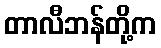
တာလီဘန်တို့က